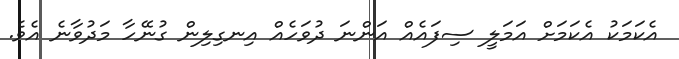
އެކަމަކު އެކަމަށް އަމަލީ ސިފައެއް އަންނަ ދުވަހެއް އިނގިލިން ގުނޭހާ މަދުވާނެ އެވެ.